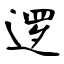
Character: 逻